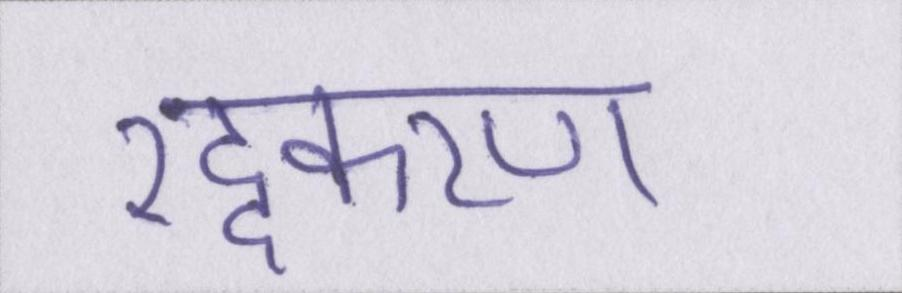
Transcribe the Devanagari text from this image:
रद्दकरण